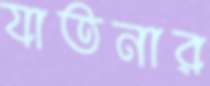
যাতনার